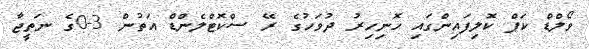
ވޯލްޑް ކަޕް ކޮލިފައިންގައި ހޮނިހިރު ދުވަހުގެ ރޭ ސްކޮޓްލެންޑް އަތުން 3-0ގެ ނަތީޖާ